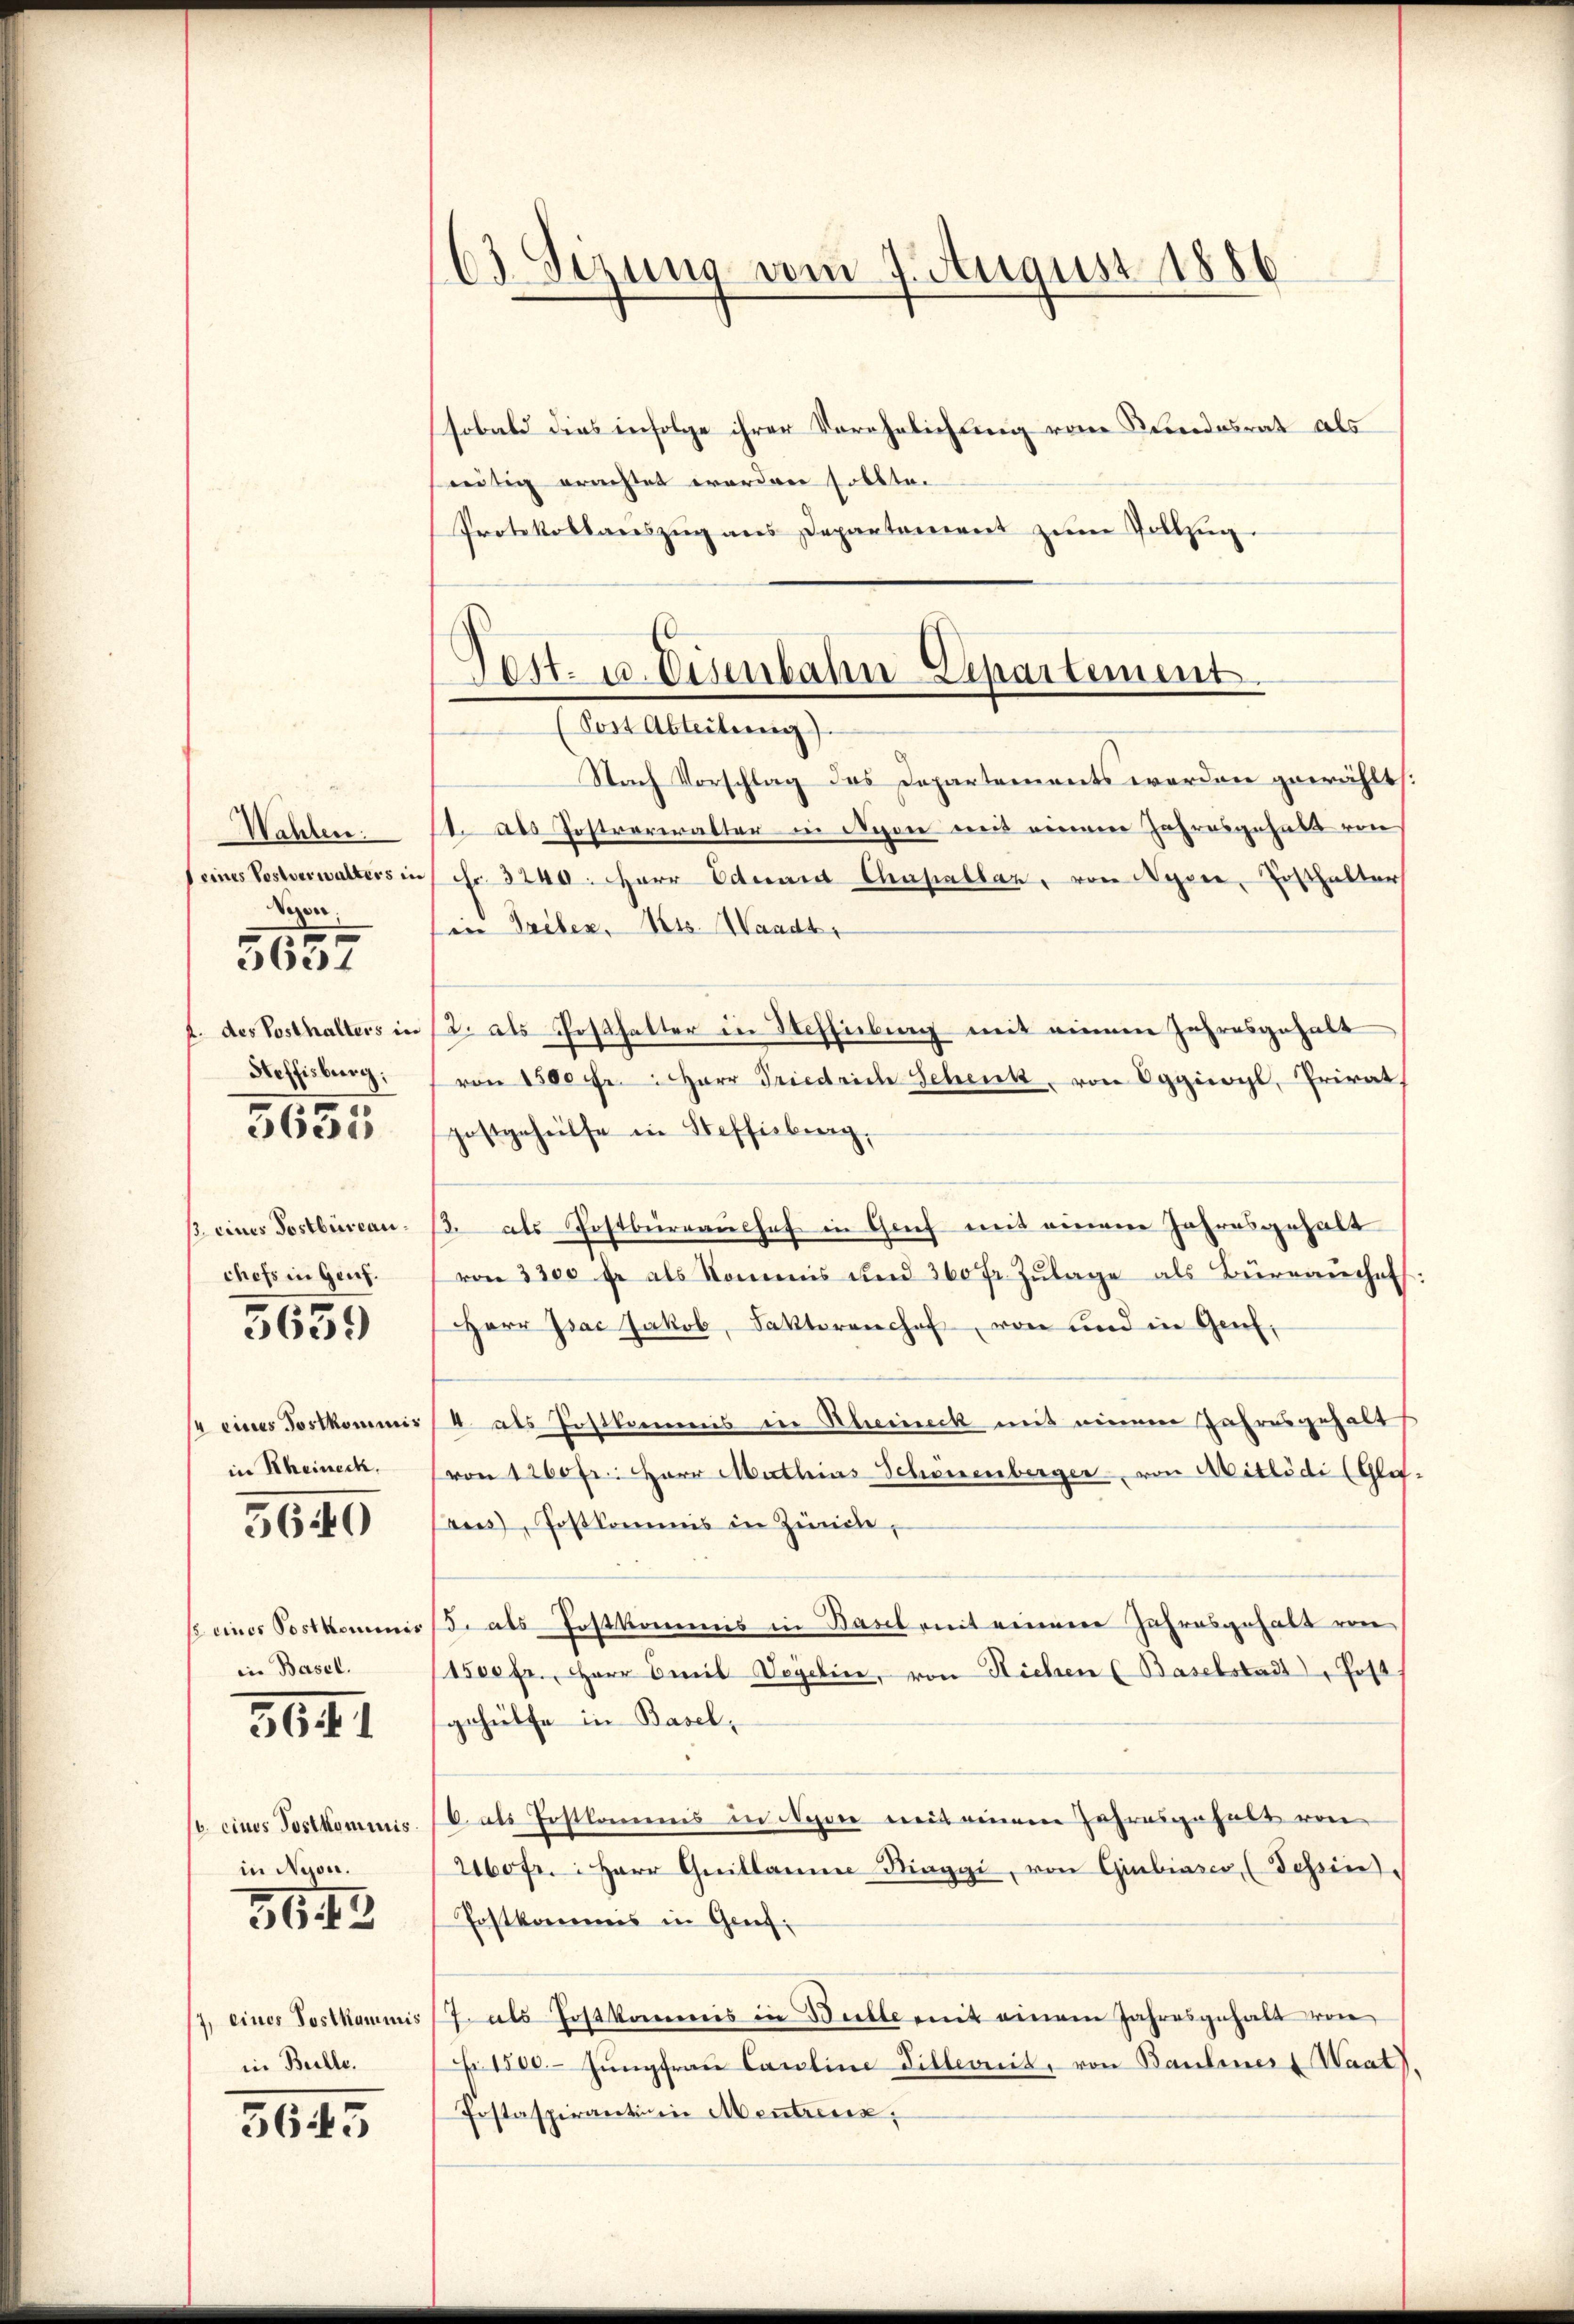
Wahlen:
Deines Vestverwalters in
Vezen.
5657
f. des Posthalters in
Heffisburg,

/. eines Postbüreauchefs in Genf.
5639

5635

/4 eines Postkommnis
in Rheineck.

5640

/ eines Postkommnis
in Basel.

3641

( cines Postkommis
in Nyon.
5642

7, eines Postkaminis
in Beille.

5643

63 Sezung vom 7. August 1886

sobald dies infolge ihrer Verehelichung von Kundesrat als
eutig erachtet worden sollte.
Protokollaŭszŭg ans Departement zum Vollzug.

Post. 10. Eisenbahn-Departement.
(Post Abteilung).

Nach Vorschlag des Departements werden gewählt:
11. als Postverwalter in Nyon mit einem Jahresgehalt von
Fr. 3240. Herr Eduard Chapellar, von Nyon, Ersthalter
in Triben, Kts. Waadt,
2. als Posthalter in Wehsiebung mit einem Jahresgehalt
von 1500 Fr. Herr Friedrich Schenk, von Eggioyl, Privat
postgehülfe in Steffisburg,
/. als Postbüreaushof in Genf mit einen Jahresgehalt
von 3300 fl als Kommis und 360 fr. Zŭlage als Bürenenhef:
Herr Isac Jakob, Faktorenchof, von und in Genf,
4 als Postkommnis in Rheineck mit einem Jahresgehalt
von 1200 fr. Herr Mathias Schönenberger von Mitlödi (Gla-
ues, Postkommis in Zürche,
5. als Postkommis in Basel mit einem Jahresgehalt von
1500 fr., Herr Emil Vogelin, von Sichen (Baselstadt, Post.
gehülfe in Basel,
6 als Postkammes in Segen mit einem Jahresgehalt von
2160fr. Herr Quillaine Ringgi, von Giubiasco (Tessin
Postkommis in Greif¬
7 als Postkommis in Bulle mit einem Jahresgehalt von
 1500. Jungfrau Carline Dillerit, von Bauliner Waat).
Postaspirantinie Mentreux,